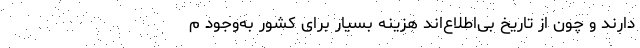
دارند و چون از تاریخ بی‌اطلاع‌اند هزینه بسیار برای کشور به‌وجود م